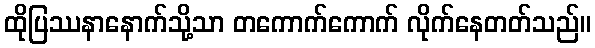
ထိုပြဿနာနောက်သို့သာ တကောက်ကောက် လိုက်နေတတ်သည်။